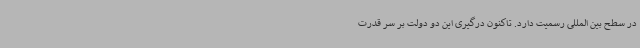
در سطح بین المللی رسمیت دارد. تاکنون درگیری این دو دولت بر سر قدرت